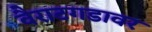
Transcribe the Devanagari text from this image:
वैराटगडावर